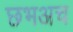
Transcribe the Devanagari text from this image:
छभअच